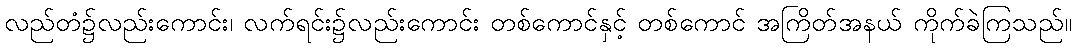
လည်တံ၌လည်းကောင်း၊ လက်ရင်း၌လည်းကောင်း တစ်ကောင်နှင့် တစ်ကောင် အကြိတ်အနယ် ကိုက်ခဲကြသည်။